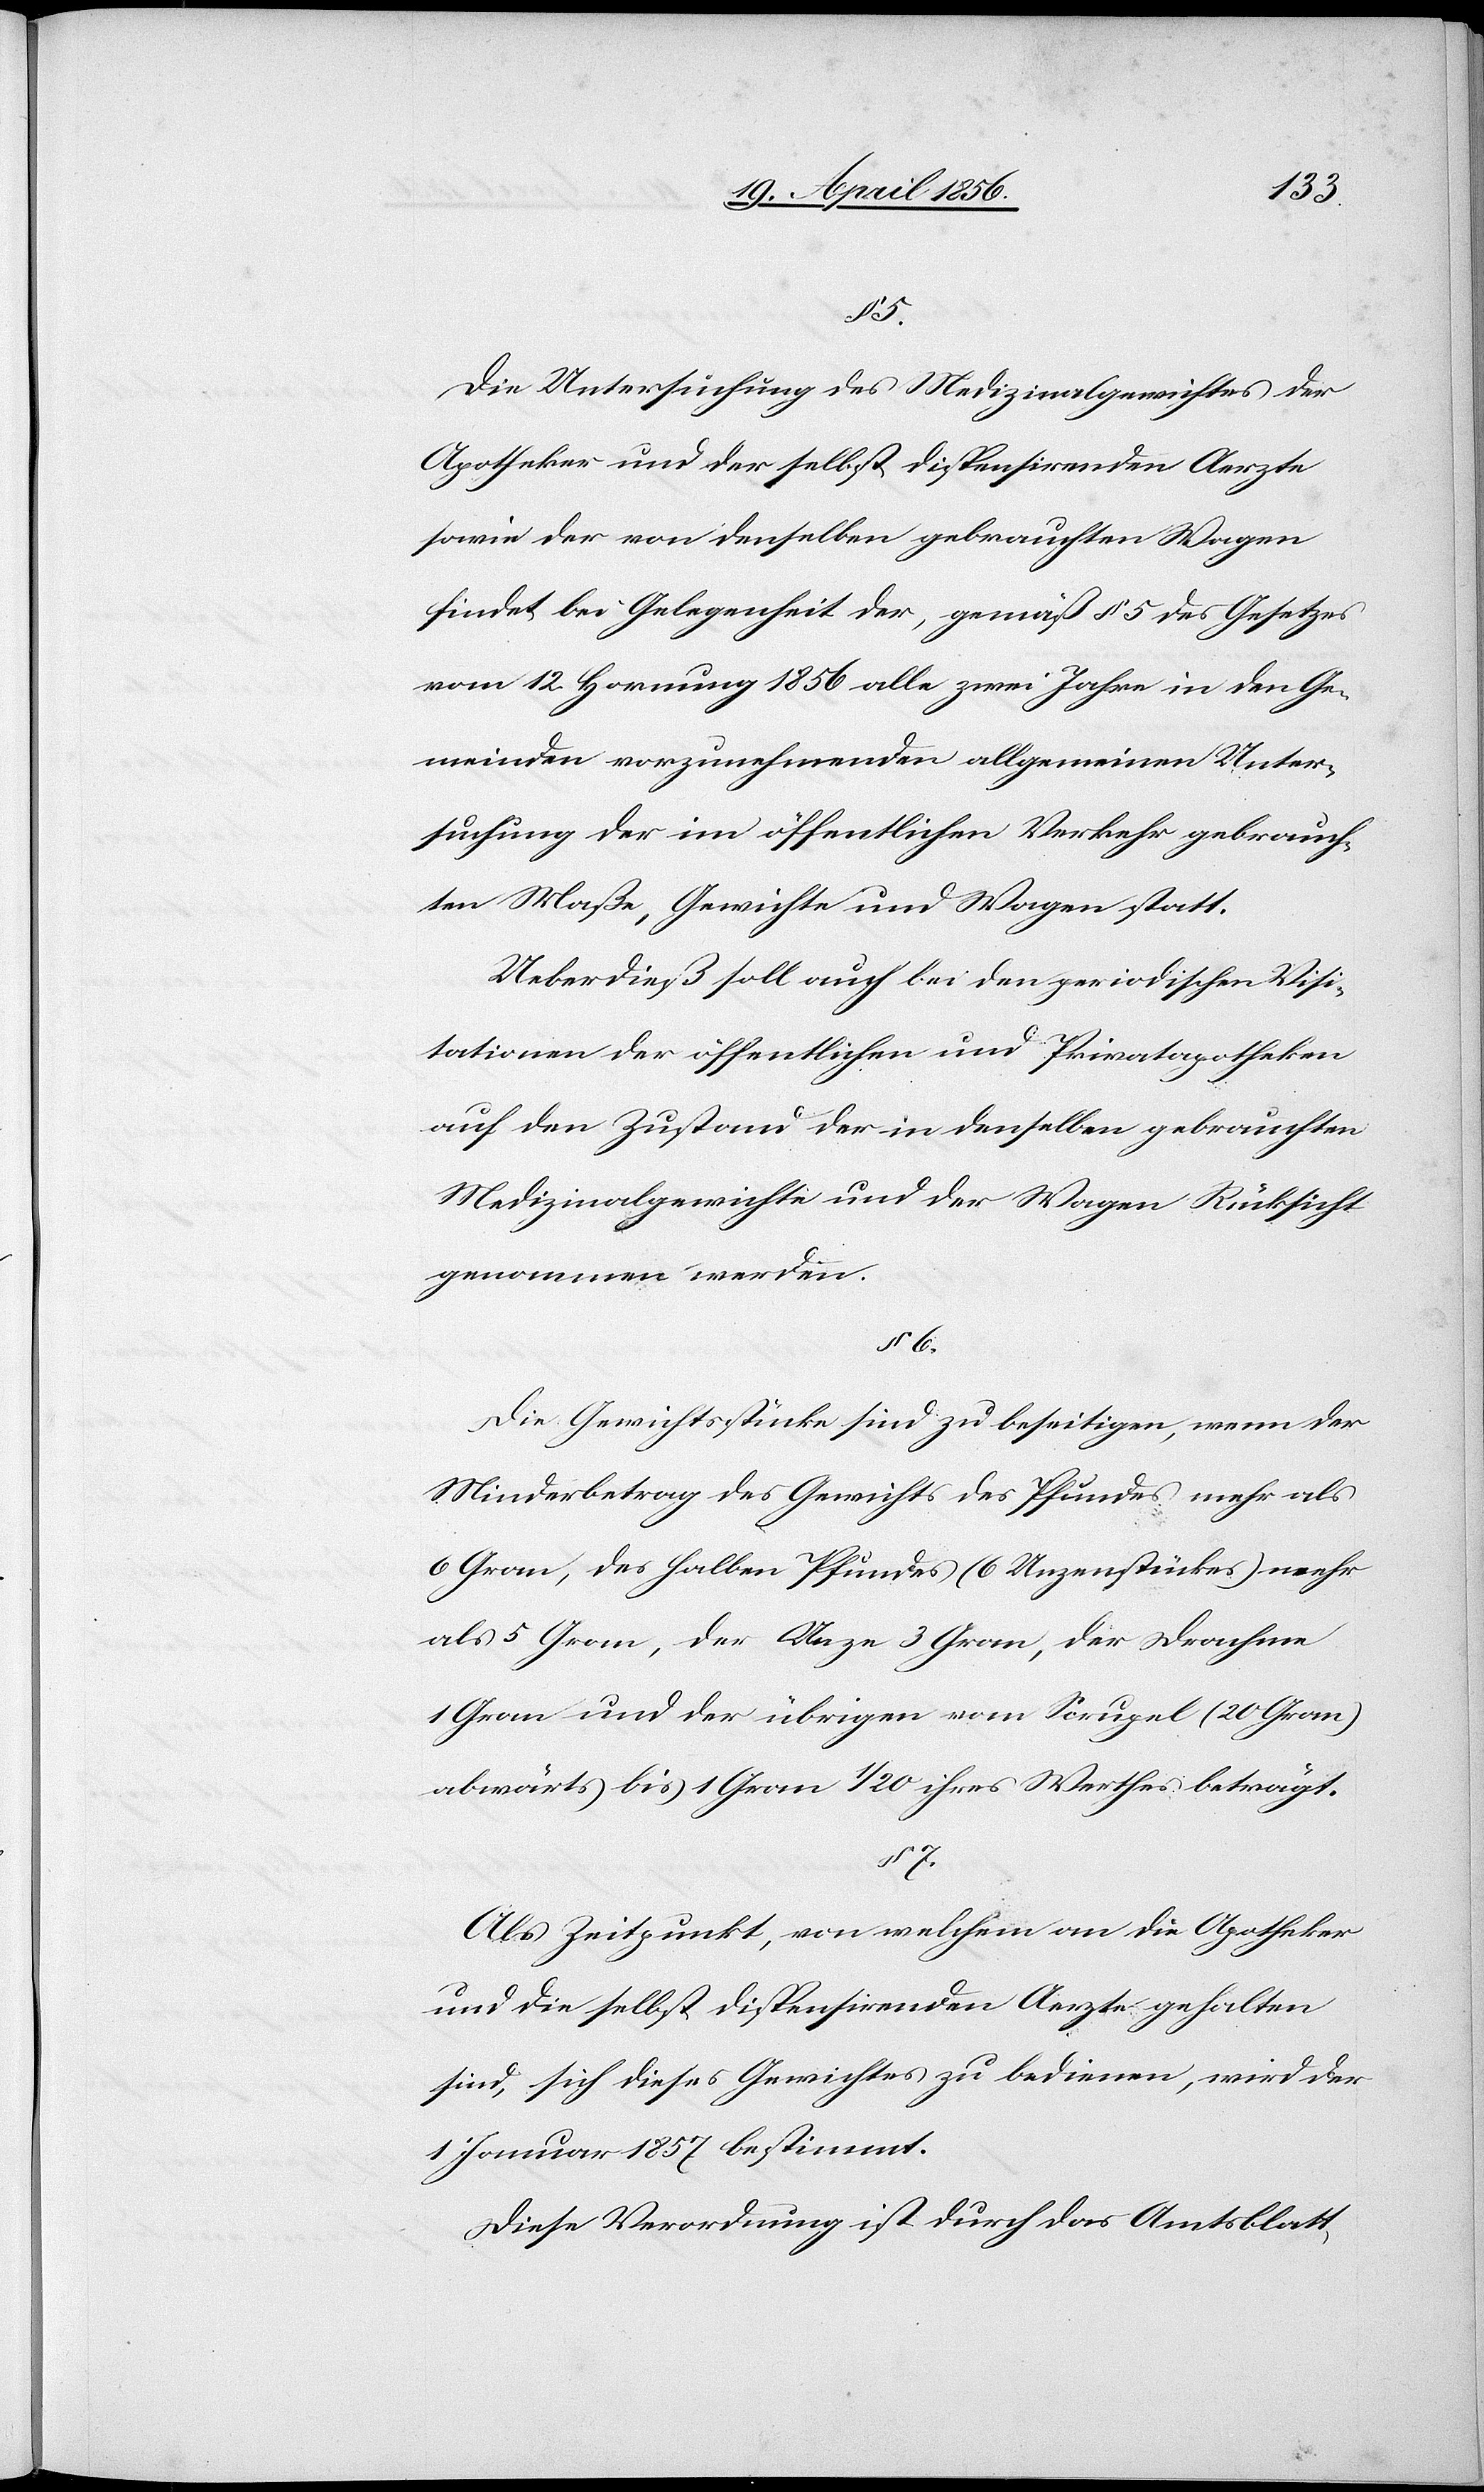
§ 5.
Die Untersuchung des Medizinalgewichtes der
Apotheker und der selbst dispensirenden Aerzte
sowie der von denselben gebrauchten Wagen
findet bei Gelegenheit der, gemäß § 5 des Gesetzes
vom 12. Hornung 1856 alle zwei Jahre in den Ge¬
meinden vorzunehmenden allgemeinen Unter¬
suchung der im öffentlichen Verkehr gebrauch¬
ten Maße, Gewichte und Wagen statt.
Ueberdieß soll auch bei den periodischen Visi¬
tationen der öffentlichen und Privatapotheken
auf den Zustand der in denselben gebrauchten
Medizinalgewichte und der Wagen Rücksicht
genommen werden.
Die Gewichtsstücke sind zu beseitigen, wenn der
Minderbetrag des Gewichts des Pfundes mehr als
6 Gran, des halben Pfundes (6 Unzenstückes) mehr
als 5 Gran, der Unze 3 Gran, der Drachme
1 Gran und der übrigen vom Scrupel (20 Gran)
abwärts bis 1 Gran 1/20 ihres Werthes beträgt.
§ 7.
Als Zeitpunkt, von welchem an die Apotheker
und die selbst dispensirenden Aerzte gehalten
sind, sich dieses Gewichtes zu bedienen, wird der
1 Januar 1857 bestimmt.
Diese Verordnung ist durch das Amtsblatt